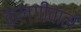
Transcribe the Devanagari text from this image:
कलगीवाले